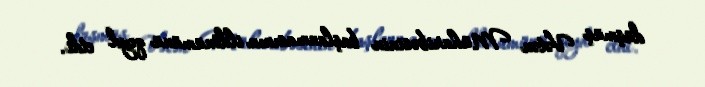
düşmüş Vətən Müharibəsinin başlanmasının ildönümünü qeyd etdi.